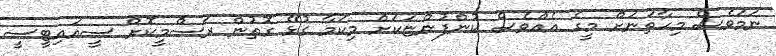
ނަމަވެސް މިހާތަނަށް މީގެ އެއްވެސް ކުންފުންޏަކަށް މިކަމާ ގުޅޭ ގޮތުން ރަސްމީކޮށް ސީއައިޓީސީ